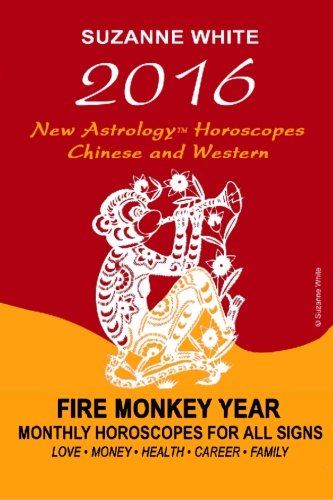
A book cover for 2016 New Astrology Horoscopes - Chinese and Western: Fire Monkey Year - Monthly Horoscopes For All Signs; Ms Suzanne L White; Religion & Spirituality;